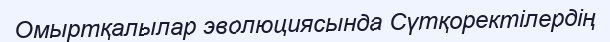
Омыртқалылар эволюциясында Сүтқоректілердің